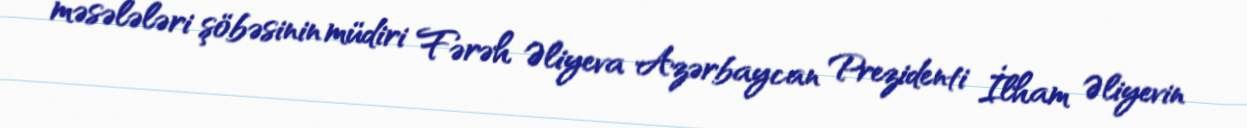
məsələləri şöbəsinin müdiri Fərəh Əliyeva Azərbaycan Prezidenti İlham Əliyevin